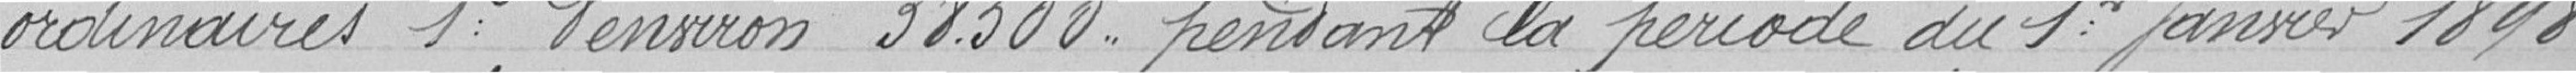
ordinaires 1° d'environ 38.500 F pendant la période du 1er janvier 1898